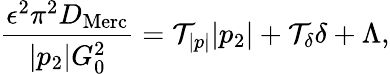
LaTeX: \frac{\epsilon^{2}\pi^{2}D_{\mathrm{Merc}}}{|p_{2}|G_{0}^{2}}=\mathcal{T}_{|p|}|p_{2}|+\mathcal{T}_{\delta}\delta+\Lambda,